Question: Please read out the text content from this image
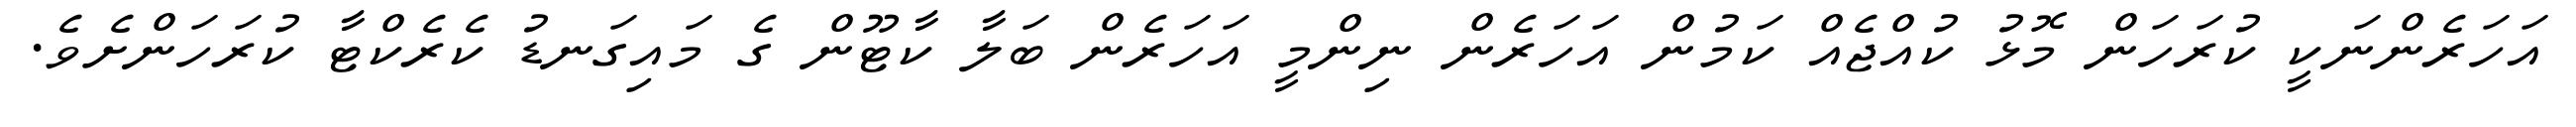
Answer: އަހަރެންނަކީ ކުރަހަން މޮޅު ކުއްޖެއް ކަމުން އަހަރެން ނިންމީ އަހަރެން ބަލާ ކާޓޫން ގެ މައިގަނޑު ކެރެކްޓާ ކުރަހަންށެވެ.